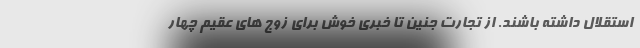
استقلال داشته باشند. از تجارت جنین تا خبری خوش برای زوج های عقیم چهار